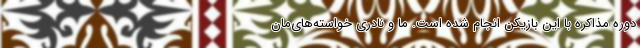
دوره مذاکره با این بازیکن انجام شده است. ما و نادری خواسته‌های‌مان